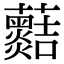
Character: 𧅡